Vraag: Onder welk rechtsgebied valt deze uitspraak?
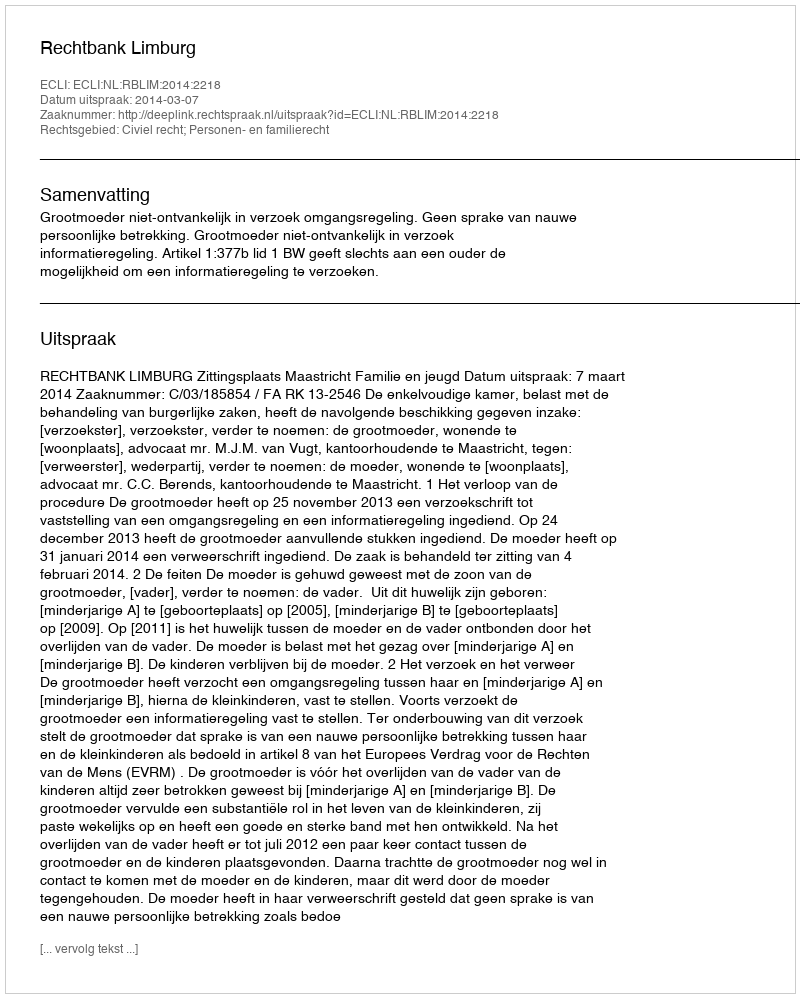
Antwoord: Civiel recht; Personen- en familierecht